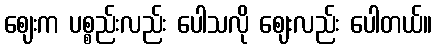
ဈေးက ပစ္စည်းလည်း ပေါသလို ဈေးလည်း ပေါတယ်။